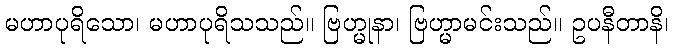
မဟာပုရိသော၊ မဟာပုရိသသည်။ ဗြဟ္မုနာ၊ ဗြဟ္မာမင်းသည်။ ဥပနီတာနိ၊